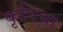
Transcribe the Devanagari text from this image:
कृषिचा